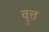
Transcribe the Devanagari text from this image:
व्रुत्त